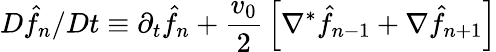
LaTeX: D\hat{f}_{n}/Dt\equiv\partial_{t}\hat{f}_{n}+{\frac{v_{0}}{2}}\left[\nabla^{*}\hat{f}_{n-1}+\nabla\hat{f}_{n+1}\right]